Vaccine operations Central Provinces 1868-1885 - 1868-1885
Year: 1868
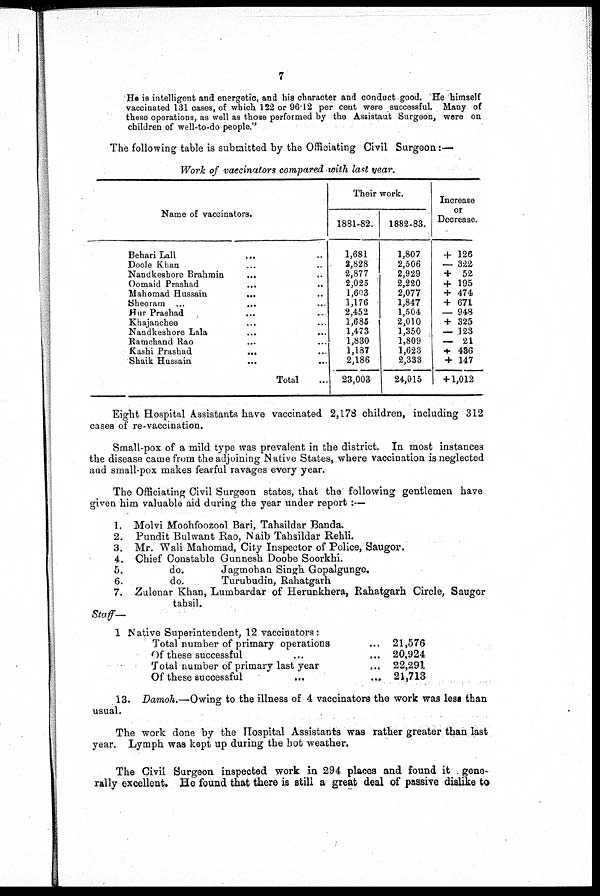
7
He is intelligent and energetic, and his character and conduct good. He himself
vaccinated 131 cases, of which 122 or 96.12 per cent were successful. Many of
these operations, as well as those performed by the Assistaut Surgeon, were on
children of well-to-do people."
The following table is submitted by the Officiating Civil Surgeon :—
Work of vaccinators compared with last year.
Name of vaccinators.
Behari Lall ... ...
Doole Khan ... ...
Nandkeshore Brahmin
... ...
Oomaid Prashad
... ...
Mahomad Hussain
... ...
Sheoram ...
...
Hur Prashad ... ...
Khajanchee ... ...
Nandkeshore Lala ... ...
Kamchand Rao ...
Kashi Prashad
... ...
Shaik Hussain ... ...
Total
Their work.
1881-82.
1,681
2,828
2,877
2,025
1,603
1,176
2,452
1,685
1,473
1,830
1,187
2,186
23,003
1882-83.
1,807
2,506
2,929
2,220
2,077
1,847
1,504
2,010
1,350
1,809
1,623
2,333
24,015
Increase
or
Decrease.
+ 126
— 322
+ 52
+ 195
+ 474
+ 671
— 948
+ 325
— 123
— 21
+ 436
+ 147
+ 1,012
Eight Hospital Assistants have vaccinated 2,178 children, including 312
cases of re-vaccination.
Small-pox of a mild type was prevalent in the district. In most instances
the disease came from the adjoining Native States, where vaccination is neglected
and small-pox makes fearful ravages every year.
The Officiating Civil Surgeon states, that the following gentlemen have
given him valuable aid during the year under report :—
1.
2.
3.
4.
5.
6.
7.
Molvi Moohfoozool Bari, Tahsildar Banda.
Pundit Bulwant Rao, Naib Tahsildar Rehli.
Mr. Wali Mahomad, City Inspector of Police, Saugor.
Chief Constable Gunnesh Doobe Soorkhi.
do.
Jagmohan Singh Gopalgunge.
do.
Turubudin, Rahatgarh
Zulenar Khan, Lumbardar of Herunkhera, Rahatgarh Circle, Saugor
tahsil.
Staff—
1 Native Superintendent, 12 vaccinators:
Total number of primary operations ...
Of these successful ... ...
Total number of primary last year ...
Of these successful
...
...
21,576
20,924
22,291
21,713
13. Damoh.—Owing to the illness of 4 vaccinators the work was less than
usual.
The work done by the Hospital Assistants was rather greater than last
year. Lymph was kept up during the hot weather.
The Civil Surgeon inspected work in 294 places and found it gene¬
rally excellent. He found that there is still a great deal of passive dislike to